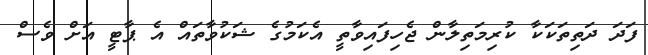
ފަދަ ދަތިތަކަކާ ކުރިމަތިލާން ޖެހިފައިވާތީ އެކަމުގެ ޝަކުވާތައް އެ ޕާޓީ އަށް ވެސް